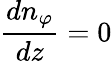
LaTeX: {\frac{dn_{\varphi}}{dz}}=0